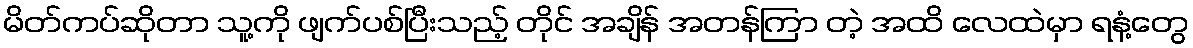
မိတ်ကပ်ဆိုတာ သူ့ကို ဖျက်ပစ်ပြီးသည့် တိုင် အချိန် အတန်ကြာ တဲ့ အထိ လေထဲမှာ ရနံ့တွေ